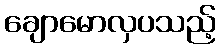
ချောမောလှပသည့်